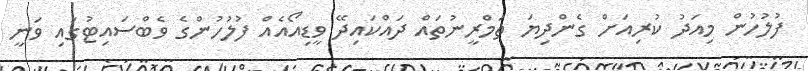
ފުލުހުން މިއަދު ކުރިއަށް ގެންދިޔަ ތަމްރީނުތައް ދައްކައިދޭ ވީޑިއޯއެއް ފުލުހުންގެ ވެބްސައިޓުގައި ވަނީ